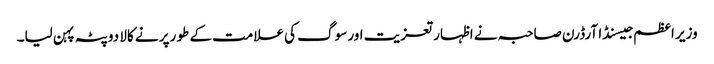
وزیر اعظم جیسنڈا آرڈرن صاحبہ نے اظہار تعزیت اور سوگ کی علامت کے طو رپر نے کالا دوپٹہ پہن لیا۔